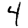
Digit: 4